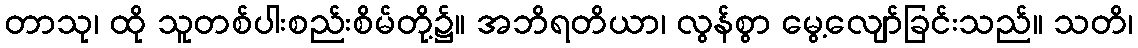
တာသု၊ ထို သူတစ်ပါးစည်းစိမ်တို့၌။ အဘိရတိယာ၊ လွန်စွာ မွေ့လျော်ခြင်းသည်။ သတိ၊